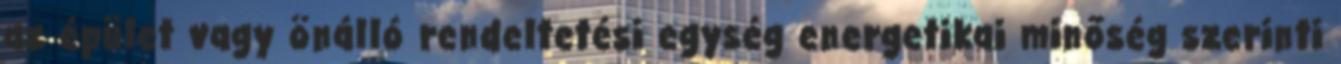
az épület vagy önálló rendeltetési egység energetikai minőség szerinti